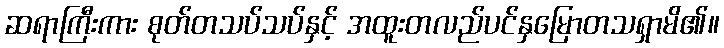
ဆရာကြီးကား စုတ်တသပ်သပ်နှင့် အထူးတလည်ပင်နှမြောတသရှာမိ၏။